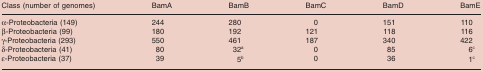
<table><thead><tr><td><b>Class (number of genomes)</b></td><td><b>BamA</b></td><td><b>BamB</b></td><td><b>BamC</b></td><td><b>BamD</b></td><td><b>BamE</b></td></tr></thead><tbody><tr><td>α-Proteobacteria (149)</td><td>244</td><td>280</td><td>0</td><td>151</td><td>110</td></tr><tr><td>β-Proteobacteria (99)</td><td>180</td><td>192</td><td>121</td><td>118</td><td>116</td></tr><tr><td>γ-Proteobacteria (293)</td><td>550</td><td>461</td><td>187</td><td>340</td><td>422</td></tr><tr><td>δ-Proteobacteria (41)</td><td>80</td><td>32a</td><td>0</td><td>85</td><td>6c</td></tr><tr><td>ε-Proteobacteria (37)</td><td>39</td><td>5b</td><td>0</td><td>36</td><td>1c</td></tr></tbody></table>